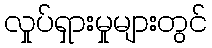
လှုပ်ရှားမှုများတွင်